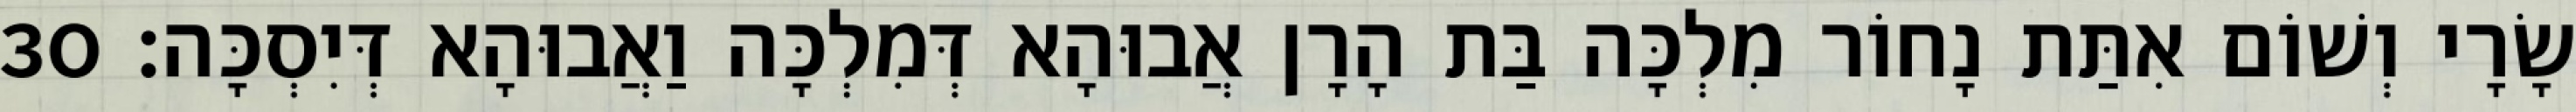
שָׂרָי וְשׁוֹם אִתַּת נָחוֹר מִלְכָּה בַּת הָרָן אֲבוּהָא דְּמִלְכָּה וַאֲבוּהָא דְּיִסְכָּה׃ 30